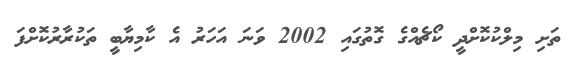
ތަށި މިލްކުކޮށްދީ ކޯޗެއްގެ ގޮތުގައި 2002 ވަނަ އަހަރު އެ ކާމިޔާބީ ތަކުރާރުކޮށްފަ